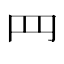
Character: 䍏